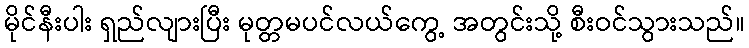
မိုင်နီးပါး ရှည်လျားပြီး မုတ္တမပင်လယ်ကွေ့ အတွင်းသို့ စီးဝင်သွားသည်။